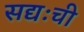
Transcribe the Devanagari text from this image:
सद्यःची